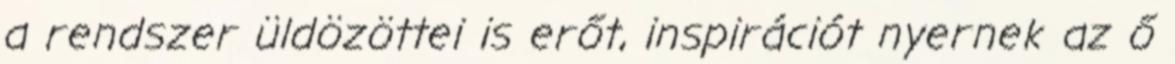
a rendszer üldözöttei is erőt, inspirációt nyernek az ő